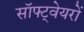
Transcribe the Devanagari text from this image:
सॉफ्ट्वेयरों